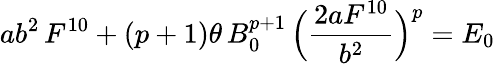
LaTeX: ab^{2}\, F^{10}+(p+1)\theta\, B_{0}^{p+1}\, \Bigl(\frac{2aF^{10}}{b^{2}}\Bigr)^{p}=E_{0}